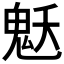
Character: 𩲓